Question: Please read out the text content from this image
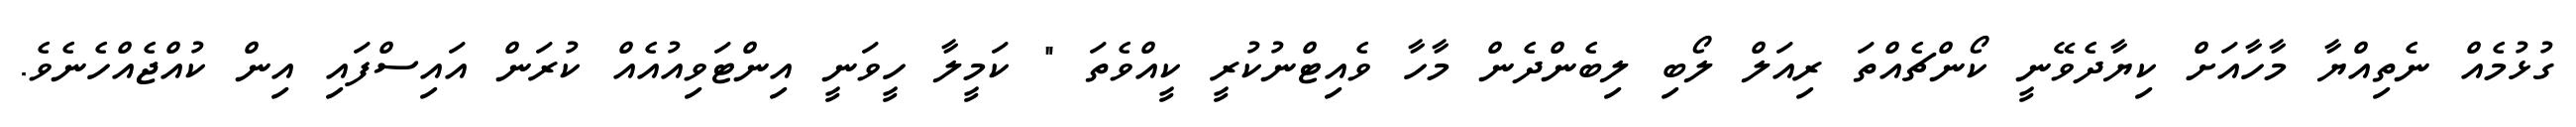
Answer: ގުޅުމެއް ނެތިއްޔާ މާހާއަށް ކިޔާދެވޭނީ ކޯންޗެއްތަ ރިއަލް ލޯބި ލިބެންދެން މާހާ ވެއިޓްނުކުރީ ކީއްވެތަ " ކަމީލާ ހީވަނީ އިންޓަވިއުއެއް ކުރަން އައިސްފައި އިން ކުއްޖެއްހެނެވެ.